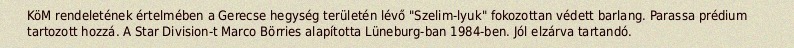
KöM rendeletének értelmében a Gerecse hegység területén lévő "Szelim-lyuk" fokozottan védett barlang. Parassa prédium tartozott hozzá. A Star Division-t Marco Börries alapította Lüneburg-ban 1984-ben. Jól elzárva tartandó.